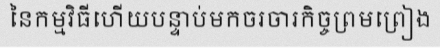
នៃកម្មវិធីហើយបន្ទាប់មកចរចារកិច្ចព្រមព្រៀង